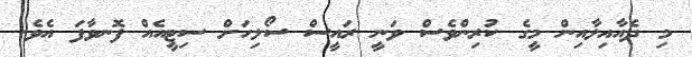
މި ދެއާއިލާއިން މީގެ ކުރިންވެސް ވަނީ ރައީސް ސޯލިހަށް ސިޓީއެއް ފޮނވާފަ އެވެ.